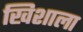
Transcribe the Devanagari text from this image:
खिशाला